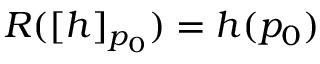
R ( [ h ] _ { p _ { 0 } } ) = h ( p _ { 0 } )